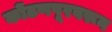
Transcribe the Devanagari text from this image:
कोंढणपूरवरून